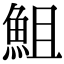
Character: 䱉